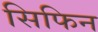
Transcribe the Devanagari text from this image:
सिफिन